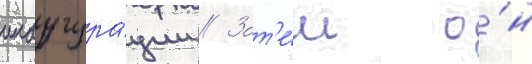
инаугура́ции // Зат'е́м о́н